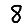
Digit: 8